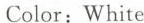
Color: White